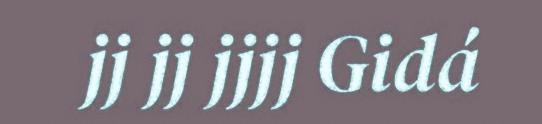
jj jj jjjj Gidá